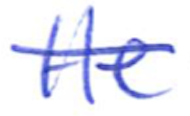
Text: He
Cross-out: mix
Writing tool: ballpoint